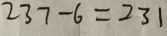
2 3 7 - 6 = 2 3 1